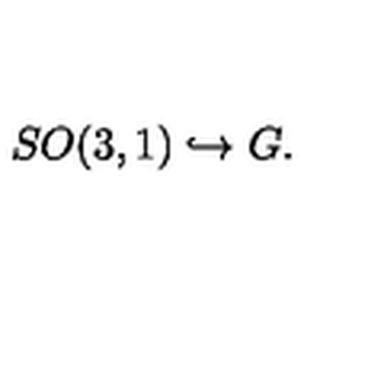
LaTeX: S O ( 3 , 1 ) \hookrightarrow G .